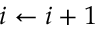
i \gets i + 1